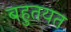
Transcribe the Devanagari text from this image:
बहुतयत